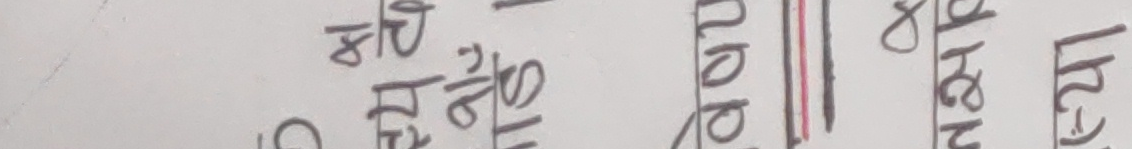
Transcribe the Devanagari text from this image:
हो यस्तै गर्ने || हरुको स्र्ग।